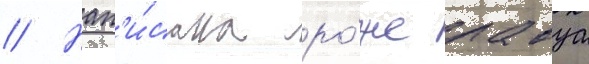
// Нап'и́сана ро́же лавуа